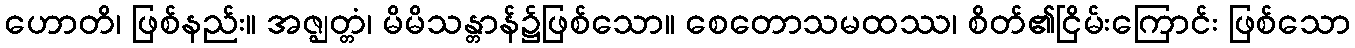
ဟောတိ၊ ဖြစ်နည်း။ အဇ္ဈတ္တံ၊ မိမိသန္တာန်၌ဖြစ်သော။ စေတောသမထဿ၊ စိတ်၏ငြိမ်းကြောင်း ဖြစ်သော